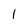
Character: 1